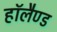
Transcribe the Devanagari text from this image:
हाॅलैण्ड